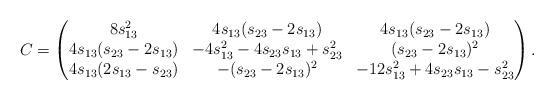
LaTeX: \begin{align*}C = \begin{pmatrix}8 s_{13}^2 & 4 s_{13} (s_{23}-2s_{13}) & 4 s_{13} (s_{23}-2s_{13}) \\4 s_{13} (s_{23}-2 s_{13}) & -4s_{13}^2-4 s_{23} s_{13}+s_{23}^2& (s_{23}-2 s_{13})^2 \\4 s_{13} (2 s_{13}-s_{23}) &-(s_{23}-2 s_{13})^2 & -12 s_{13}^2+4s_{23} s_{13}-s_{23}^2\end{pmatrix}.\end{align*}